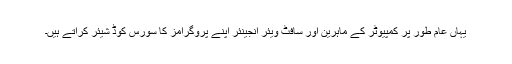
یہاں عام طور پر کمپیوٹر کے ماہرین اور سافٹ ویئر انجینئر اپنے پروگرامز کا سورس کوڈ شیئر کراتے ہیں۔